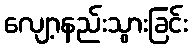
လျော့နည်းသွားခြင်း